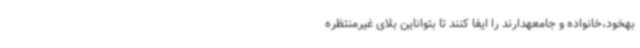
بهخود،خانواده و جامعهدارند را ایفا کنند تا بتواناین بلای غیرمنتظره